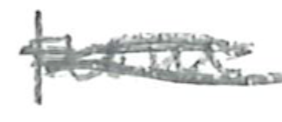
Text: from
Cross-out: mix
Writing tool: pencil